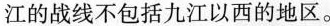
江的战线不包括九江以西的地区。